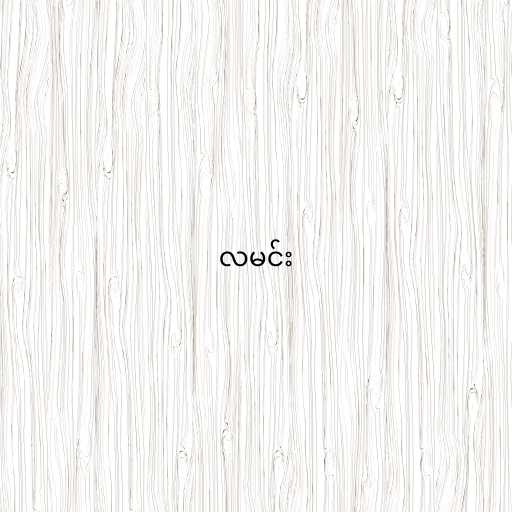
လမင်း